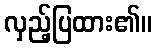
လှည့်ပြထား၏။